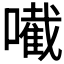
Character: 𡁶